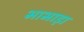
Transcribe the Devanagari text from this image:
भाभाड़ा